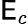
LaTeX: \mathsf{E}_{c}